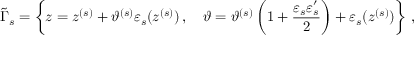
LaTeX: \tilde { \Gamma } _ { s } = \left\{ z = z ^ { ( s ) } + \vartheta ^ { ( s ) } \varepsilon _ { s } ( z ^ { ( s ) } ) \, , \quad \vartheta = \vartheta ^ { ( s ) } \left( 1 + \frac { \varepsilon _ { s } \varepsilon _ { s } ^ { \prime } } 2 \right) + \varepsilon _ { s } ( z ^ { ( s ) } ) \right\} \, ,